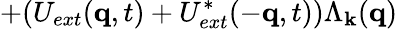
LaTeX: +(U_{ext}({\mathbf{q}},t)+U_{ext}^{*}(-{\mathbf{q}},t))\Lambda_{{\mathbf{k}}}({\mathbf{q}})